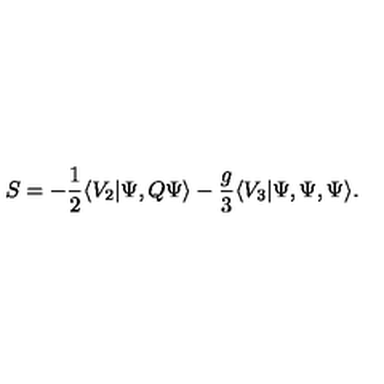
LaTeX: S = - \frac { 1 } { 2 } \langle V _ { 2 } | \Psi , Q \Psi \rangle - \frac { g } { 3 } \langle V _ { 3 } | \Psi , \Psi , \Psi \rangle .